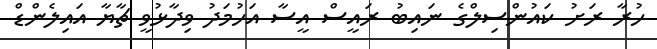
ހުރާ ރަށު ކައުންސިލްގެ ނައިބު ރައީސް އީސާ އަހުމަދު ވިދާޅުވީ ޗާޔާ އައިލެންޑް